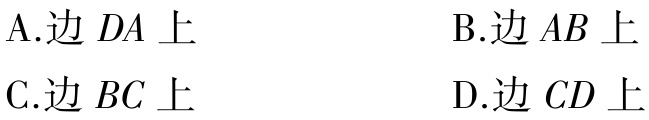
A.边 \(DA\) 上

B.边 \(AB\) 上

C.边 \(BC\) 上

D.边 \(CD\) 上